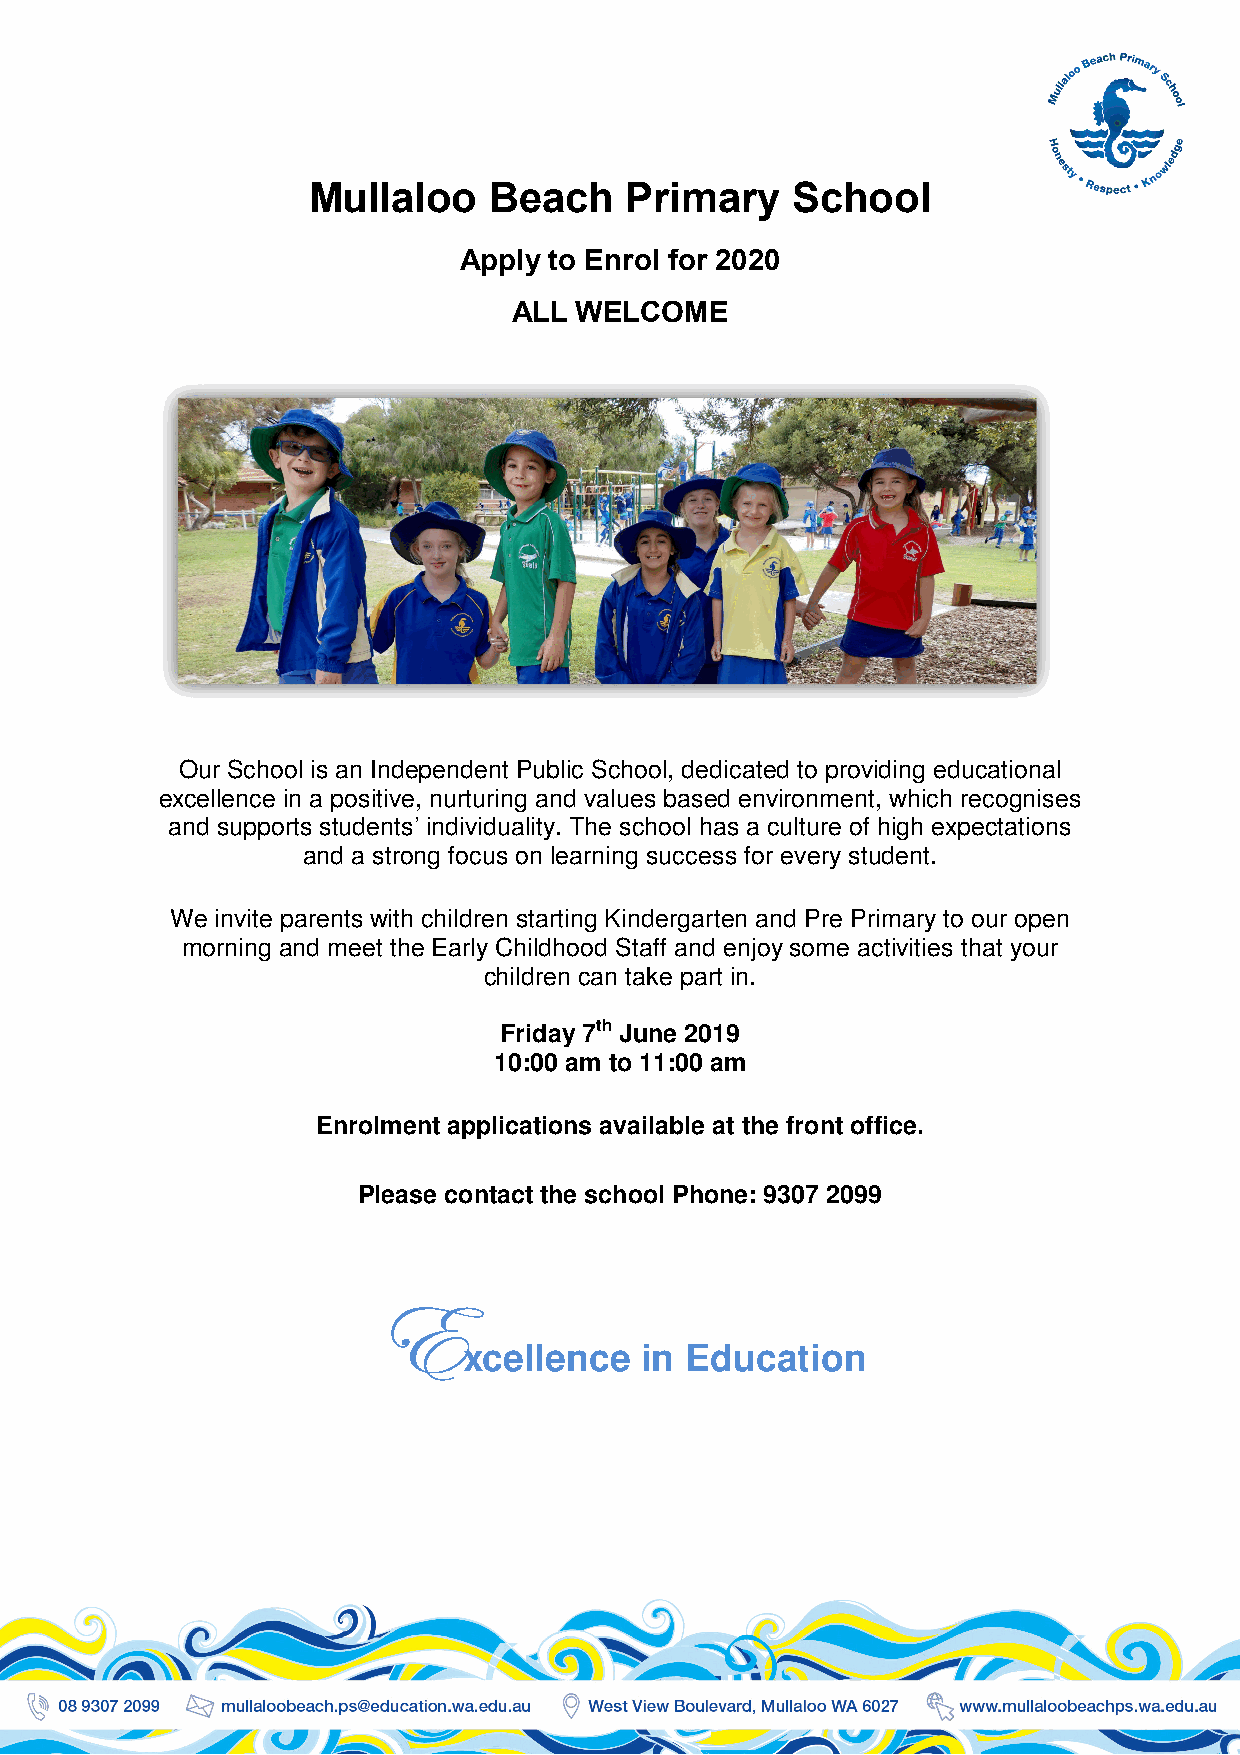
Mullaloo    Beach    Primary    School
 Apply to Enrol for 2020
 ALL WELCOME
 Our School is an Independent Public School, dedicated to providing educational
 excellence in a positive, nurturing and values based environment, which recognises
 and supports students’ individuality. The school has a culture of high expectations
 and a strong focus on learning success for every student.
 We invite parents with children starting Kindergarten and Pre Primary to our open
 morning and meet the Early Childhood Staff and enjoy some activities that your
 children can take part in.
 Friday 7th June 2019
 10:00 am to 11:00 am
 Enrolment applications available at the front office.
 Please contact the school Phone: 9307 2099
 XXXX
 xcellence  in Education